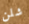
شلن